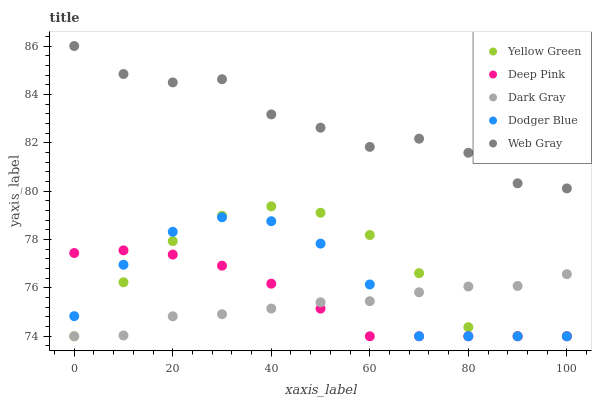
| xaxis_label | Yellow Green | Deep Pink | Dark Gray | Dodger Blue | Web Gray |
 | --- | --- | --- | --- | --- | --- |
 | 0 | 74 | 77.4 | 74 | 74.8 | 86 |
 | 10 | 76.2 | 77.6 | 74 | 77 | 84.8 |
 | 20 | 77.9 | 77.4 | 74.8 | 78.3 | 84.5 |
 | 30 | 79 | 76.9 | 74.9 | 78.9 | 84.6 |
 | 40 | 79.4 | 76.2 | 75.1 | 78.8 | 83.2 |
 | 50 | 79.1 | 75.1 | 75.4 | 77.8 | 82.6 |
 | 60 | 78.2 | 74 | 75.4 | 76.1 | 81.8 |
 | 70 | 76.6 | 74 | 75.8 | 74 | 82.2 |
 | 80 | 74.4 | 74 | 76.1 | 74 | 81.6 |
 | 90 | 74 | 74 | 76.1 | 74 | 80.3 |
 | 100 | 74 | 74 | 76.6 | 74 | 80.1 |